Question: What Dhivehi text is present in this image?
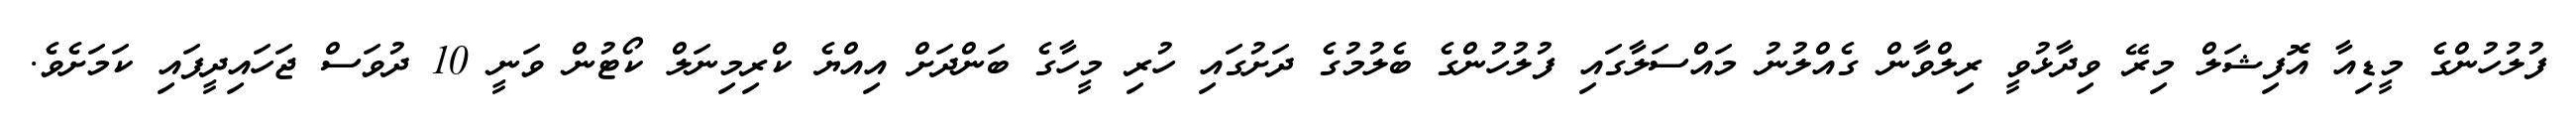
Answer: ފުލުހުންގެ މީޑިއާ އޮފިޝަލް މިރޭ ވިދާޅުވީ ރިލްވާން ގެއްލުނު މައްސަލާގައި ފުލުހުންގެ ބެލުމުގެ ދަށުގައި ހުރި މީހާގެ ބަންދަށް އިއްޔެ ކްރިމިނަލް ކޯޓުން ވަނީ 10 ދުވަސް ޖަހައިދީފައި ކަމަށެވެ.